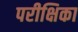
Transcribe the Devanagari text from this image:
परीक्षिका